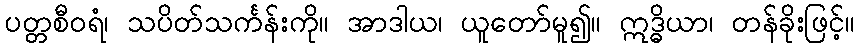
ပတ္တစီဝရံ၊ သပိတ်သင်္ကန်းကို။ အာဒါယ၊ ယူတော်မူ၍။ ဣဒ္ဓိယာ၊ တန်ခိုးဖြင့်။